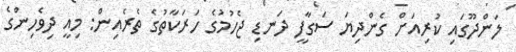
ލަންދޫގައި ކުރިއަށް ގެންދިޔަ ސަގާފީ ދަނޑި ޖެހުމުގެ ހަރަކާތުގެ ތެރެއިން: މިއީ ދިވެހިންގެ